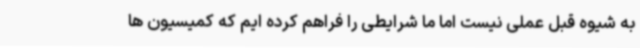
به شیوه قبل عملی نیست اما ما شرایطی را فراهم کرده ایم که کمیسیون ها